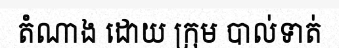
តំណាង ដោយ ក្រុម បាល់ទាត់